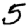
Digit: 5